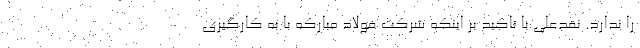
را ندارد. نقدعلی با تاکید بر اینکه شرکت فولاد مبارکه با به کارگیری